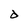
Character: d